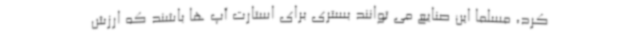
کرد، مسلما این صنایع می توانند بستری برای استارت آپ ها باشند که ارزش